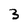
Character: 3